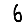
Digit: 6